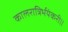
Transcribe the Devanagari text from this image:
कालरात्रिर्भयंकरी॥